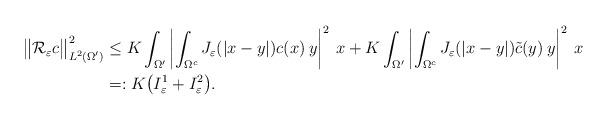
LaTeX: \begin{align*}\big\|\mathcal{R}_\varepsilon c\big\|_{L^2(\Omega^\prime)}^2 &\leq K\int_{\Omega^\prime}\left|\int_{\Omega^c}J_\varepsilon(|x-y|)c(x)\:y\right|^2\:x + K\int_{\Omega^\prime}\left|\int_{\Omega^c}J_\varepsilon(|x-y|)\tilde{c}(y)\:y\right|^2\:x \\&=: K \big(I_\varepsilon^1 + I_\varepsilon^2\big).\end{align*}